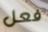
فعل